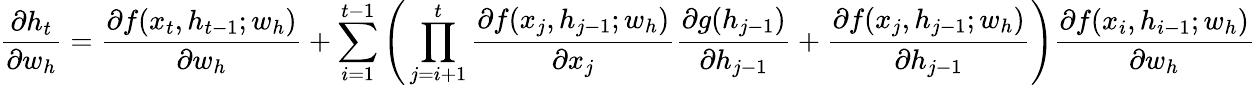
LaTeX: \frac{\partial h_{t}}{\partial w_{h}}=\frac{\partial f(x_{t},h_{t-1};w_{h})}{\partial w_{h}}+\sum_{i=1}^{t-1}\Bigg(\prod_{j=i+1}^{t}\frac{\partial f(x_{j},h_{j-1};w_{h})}{\partial x_{j}}\frac{\partial g(h_{j-1})}{\partial h_{j-1}}+\frac{\partial f(x_{j},h_{j-1};w_{h})}{\partial h_{j-1}}\Bigg)\frac{\partial f(x_{i},h_{i-1};w_{h})}{\partial w_{h}}